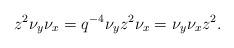
LaTeX: \begin{align*}z^2 \nu_y \nu_x = q^{-4} \nu_y z^2 \nu_x = \nu_y \nu_x z^2.\end{align*}